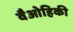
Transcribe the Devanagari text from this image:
वैओहिकी